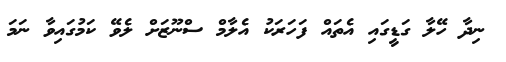
ނިދާ ހޭލާ ގަޑީގައި އެތައް ފަަހަރަކު އެލާމް ސްނޫޒަށް ލެވޭ ކަމުގައިވާ ނަމަ